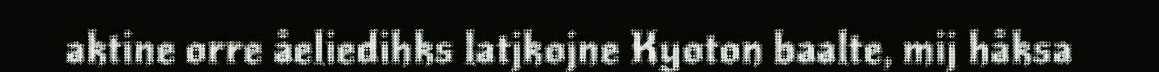
aktine orre åeliedihks latjkojne Kyoton baalte, mij håksa